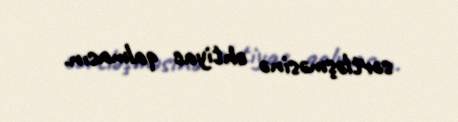
sərtləşməsinə ehtiyac qalmasın.